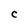
Character: C